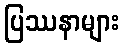
ပြဿနာများ